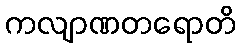
ကလျာဏတရောတိ